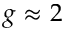
g \approx 2